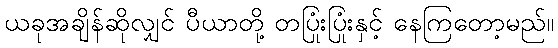
ယခုအချိန်ဆိုလျှင် ပီယာတို့ တပြုံးပြုံးနှင့် နေကြတော့မည်။